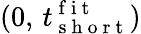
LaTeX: (0,\, t_{\mathrm{~s~h~o~r~t~}}^{\mathrm{~f~i~t~}})